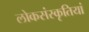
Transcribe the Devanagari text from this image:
लोकसंस्कृतियां